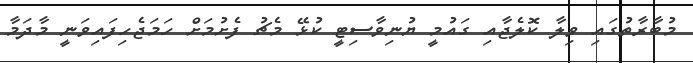
މުބާރާތުގައި ވިލާ ކޮލެޖާއި ގައުމީ ޔުނިވާސިޓީ ކުޅޭ މެޗު ފެށުމަށް ހަމަޖެހިފައިވަނީ މާދަމާ